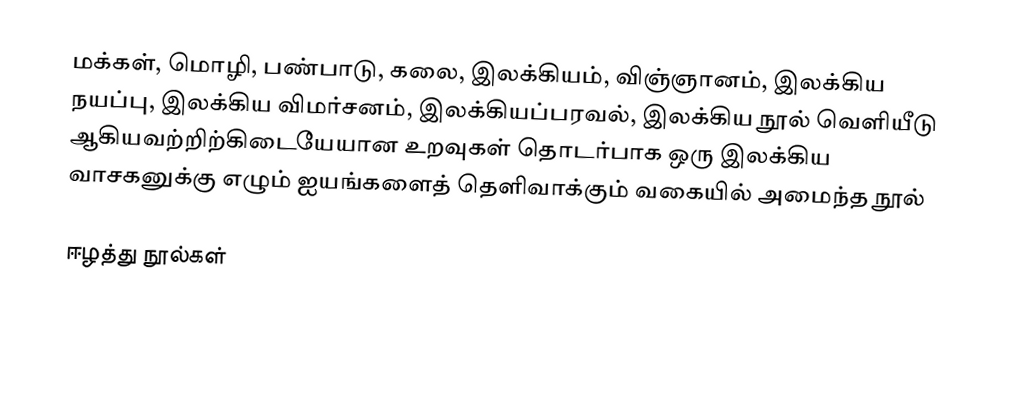
மக்கள், மொழி, பண்பாடு, கலை, இலக்கியம், விஞ்ஞானம், இலக்கிய நயப்பு, இலக்கிய விமர்சனம், இலக்கியப்பரவல், இலக்கிய நூல் வெளியீடு ஆகியவற்றிற்கிடையேயான உறவுகள் தொடர்பாக ஒரு இலக்கிய வாசகனுக்கு எழும் ஐயங்களைத் தெளிவாக்கும் வகையில் அமைந்த நூல்

ஈழத்து நூல்கள்